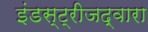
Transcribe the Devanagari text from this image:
इंडस्ट्रीजद्वारा